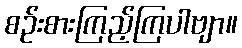
စဉ်းစားကြည့်ကြပါဗျာ။